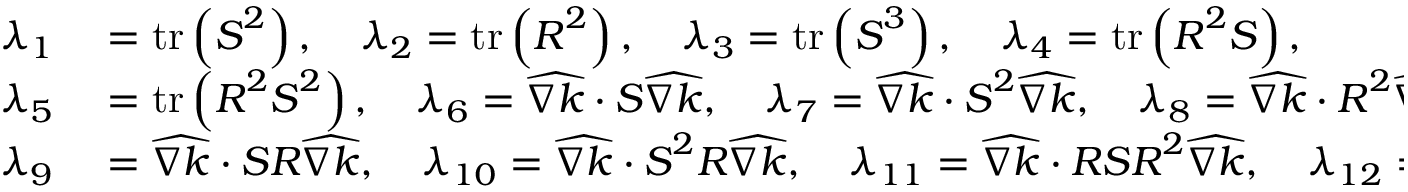
\begin{array} { r l } { \lambda _ { 1 } } & { { } = \operatorname { t r } \left( \boldsymbol { S } ^ { 2 } \right) , \quad \lambda _ { 2 } = \operatorname { t r } \left( \boldsymbol { R } ^ { 2 } \right) , \quad \lambda _ { 3 } = \operatorname { t r } \left( \boldsymbol { S } ^ { 3 } \right) , \quad \lambda _ { 4 } = \operatorname { t r } \left( \boldsymbol { R } ^ { 2 } \boldsymbol { S } \right) , } \\ { \lambda _ { 5 } } & { { } = \operatorname { t r } \left( \boldsymbol { R } ^ { 2 } \boldsymbol { S } ^ { 2 } \right) , \quad \lambda _ { 6 } = \widehat { \nabla k } \cdot \boldsymbol { S } \widehat { \nabla k } , \quad \lambda _ { 7 } = \widehat { \nabla k } \cdot \boldsymbol { S } ^ { 2 } \widehat { \nabla k } , \quad \lambda _ { 8 } = \widehat { \nabla k } \cdot \boldsymbol { R } ^ { 2 } \widehat { \nabla k } , } \\ { \lambda _ { 9 } } & { { } = \widehat { \nabla k } \cdot \boldsymbol { S } \boldsymbol { R } \widehat { \nabla k } , \quad \lambda _ { 1 0 } = \widehat { \nabla k } \cdot \boldsymbol { S } ^ { 2 } \boldsymbol { R } \widehat { \nabla k } , \quad \lambda _ { 1 1 } = \widehat { \nabla k } \cdot \boldsymbol { R } \boldsymbol { S } \boldsymbol { R } ^ { 2 } \widehat { \nabla k } , \quad \lambda _ { 1 2 } = \widehat { \nabla k } \cdot \widehat { \nabla k } . } \end{array}